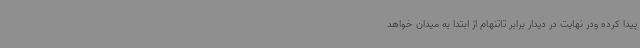
پیدا کرده ودر نهایت در دیدار برابر تاتنهام از ابتدا به میدان خواهد